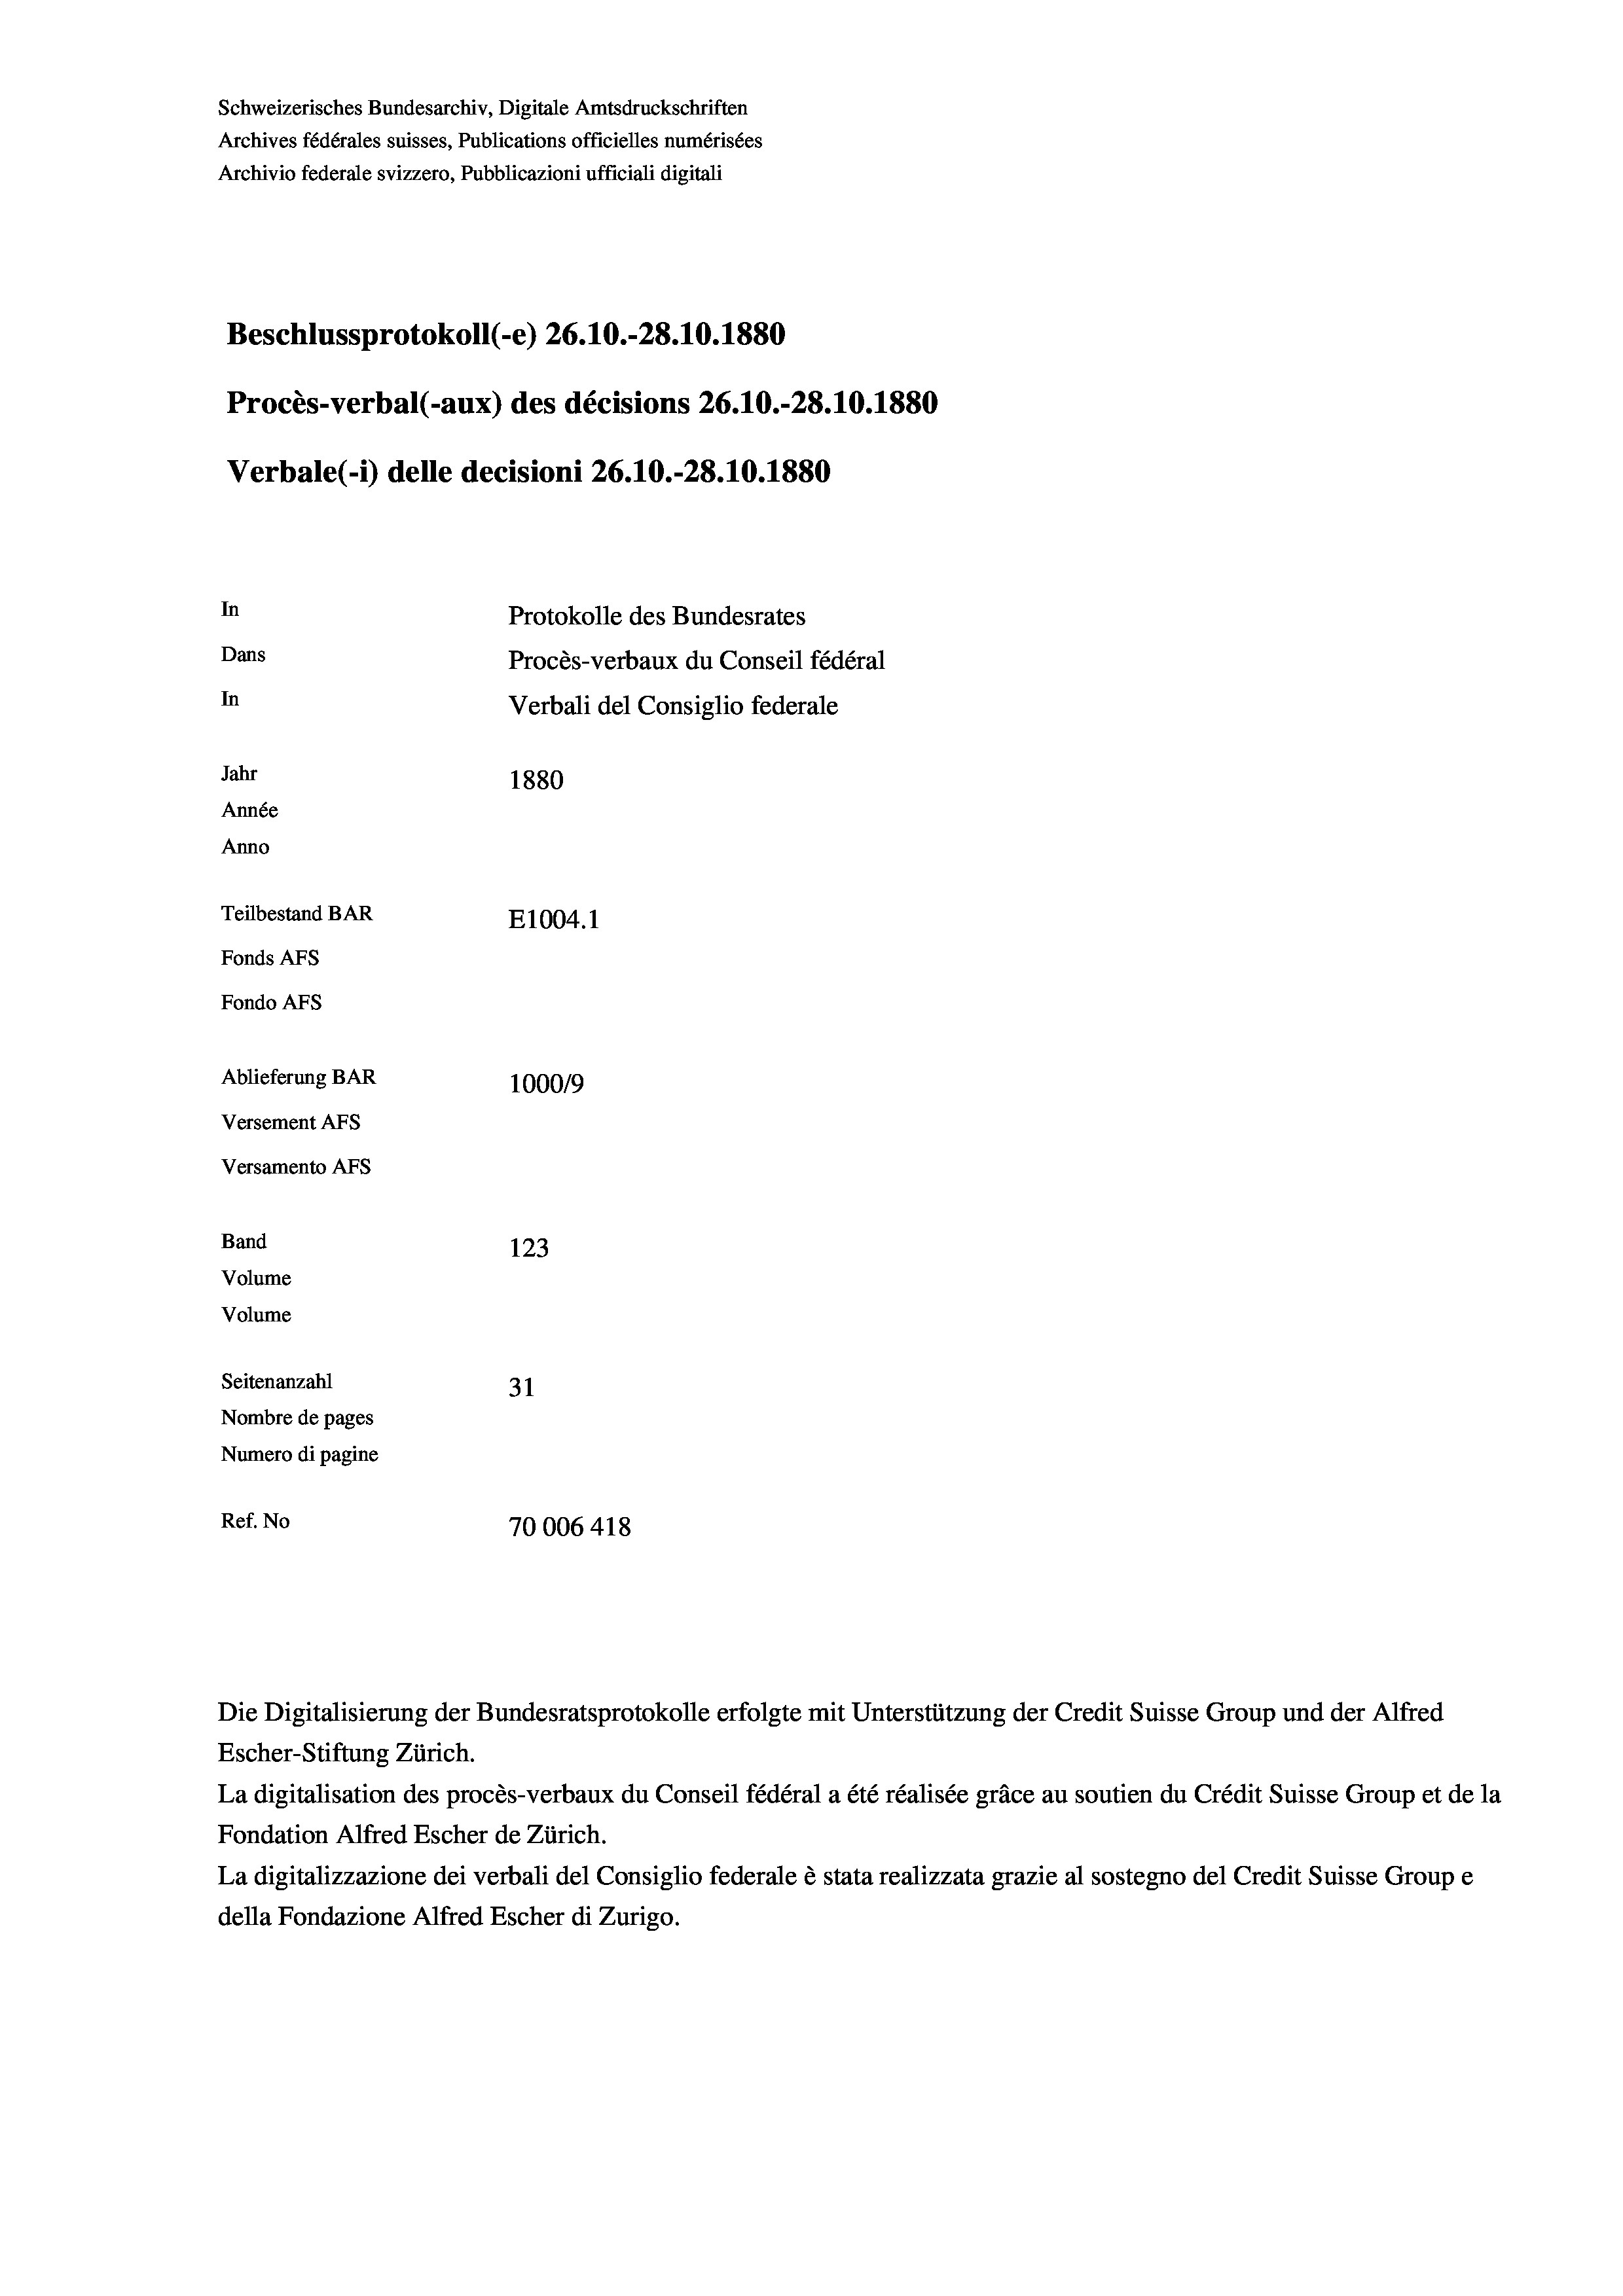
Schweizerisches Bundesarchiv, Digitale Amtsdruckschriften
Archives fédérales suisses, Publications officielles numérisées
Archivio federale svizzero, Pubblicazioni ufficiali digitali
Beschlussprotokoll (-e) 26.10.-28.10.1880
Procès-verbal (-aux) des décisions 26.10.-28.10.1880
Verbale(-*) delle decisioni 26.10.-28.10.1880
In
Protokolle des Bundesrates
Dans
Procès-verbaux du Conseil fédéral
In
Verbali del Consiglio federale
Jahr
1880
Année
Anno
Teilbestand BAR
E1004. 1
Fonds AFs
Fondo AFS
Ablieferung BAR
100019
Versement AFs
Versamento AFs
Band
123
Volume
Volume
Seitenanzahl
31
Nombre de pages
Numero di pagine
Ref. No
70006 418

Die Digitalisierung der Bundesratsprotokolle erfolgte mit Unterstützung der Credit Suisse Group und der Alfred

Escher-Stiftung Zürich.
La digitalisation des procès-verbaux du Conseil fédéral a été réalisée gräce au soutien du Crédit Suisse Group et de la
Fondation Alfred Escher de Zürich.
La digitalizzazione dei verbali del Consiglio federale è stata realizzata grazie al sostegno del Credit Suisse Groupe
della Fondazione Alfred Escher di Zurigo.